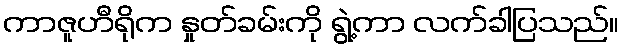
ကာဇူဟီရိုက နှုတ်ခမ်းကို ရွဲ့ကာ လက်ခါပြသည်။